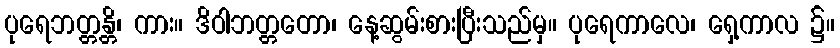
ပုရေဘတ္တန္တိ၊ ကား။ ဒိဝါဘတ္တတော၊ နေ့ဆွမ်းစားပြီးသည်မှ။ ပုရေကာလေ၊ ရှေ့ကာလ ၌။